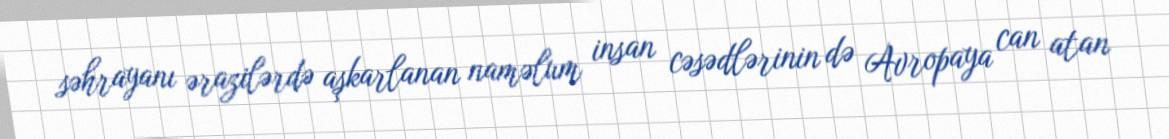
səhrayanı ərazilərdə aşkarlanan naməlum insan cəsədlərinin də Avropaya can atan